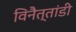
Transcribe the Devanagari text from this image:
विनैत्तांडी